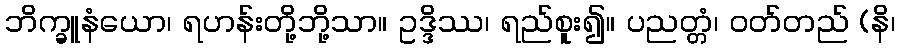
ဘိက္ခူနံယော၊ ရဟန်းတို့ဘို့သာ။ ဥဒ္ဒိဿ၊ ရည်စူး၍။ ပညတ္တံ၊ ဝတ်တည် (နိ၊